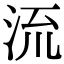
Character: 𣴑